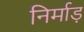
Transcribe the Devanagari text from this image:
निर्माड़